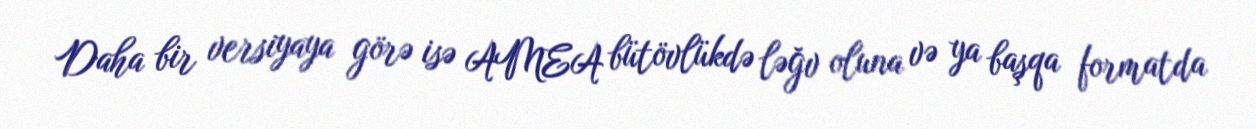
Daha bir versiyaya görə isə AMEA bütövlükdə ləğv oluna və ya başqa formatda